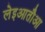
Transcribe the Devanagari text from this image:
लेइआतौआ